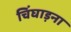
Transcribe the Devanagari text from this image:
चिंघाड़ना